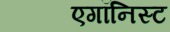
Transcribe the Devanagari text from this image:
एगॉनिस्ट